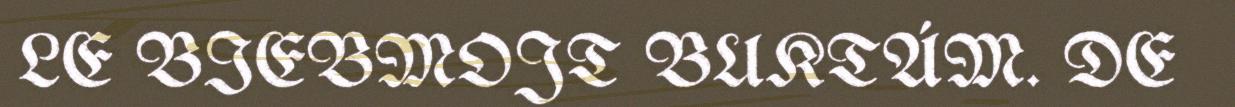
LE BIEBMOJT BUKTÁM. DE